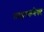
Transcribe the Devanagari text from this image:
लाइवकनैक्ट